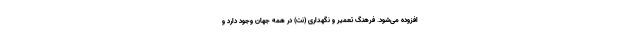
افزوده می‌شود. فرهنگ تعمیر و نگهداری (نت) در همه جهان وجود دارد و